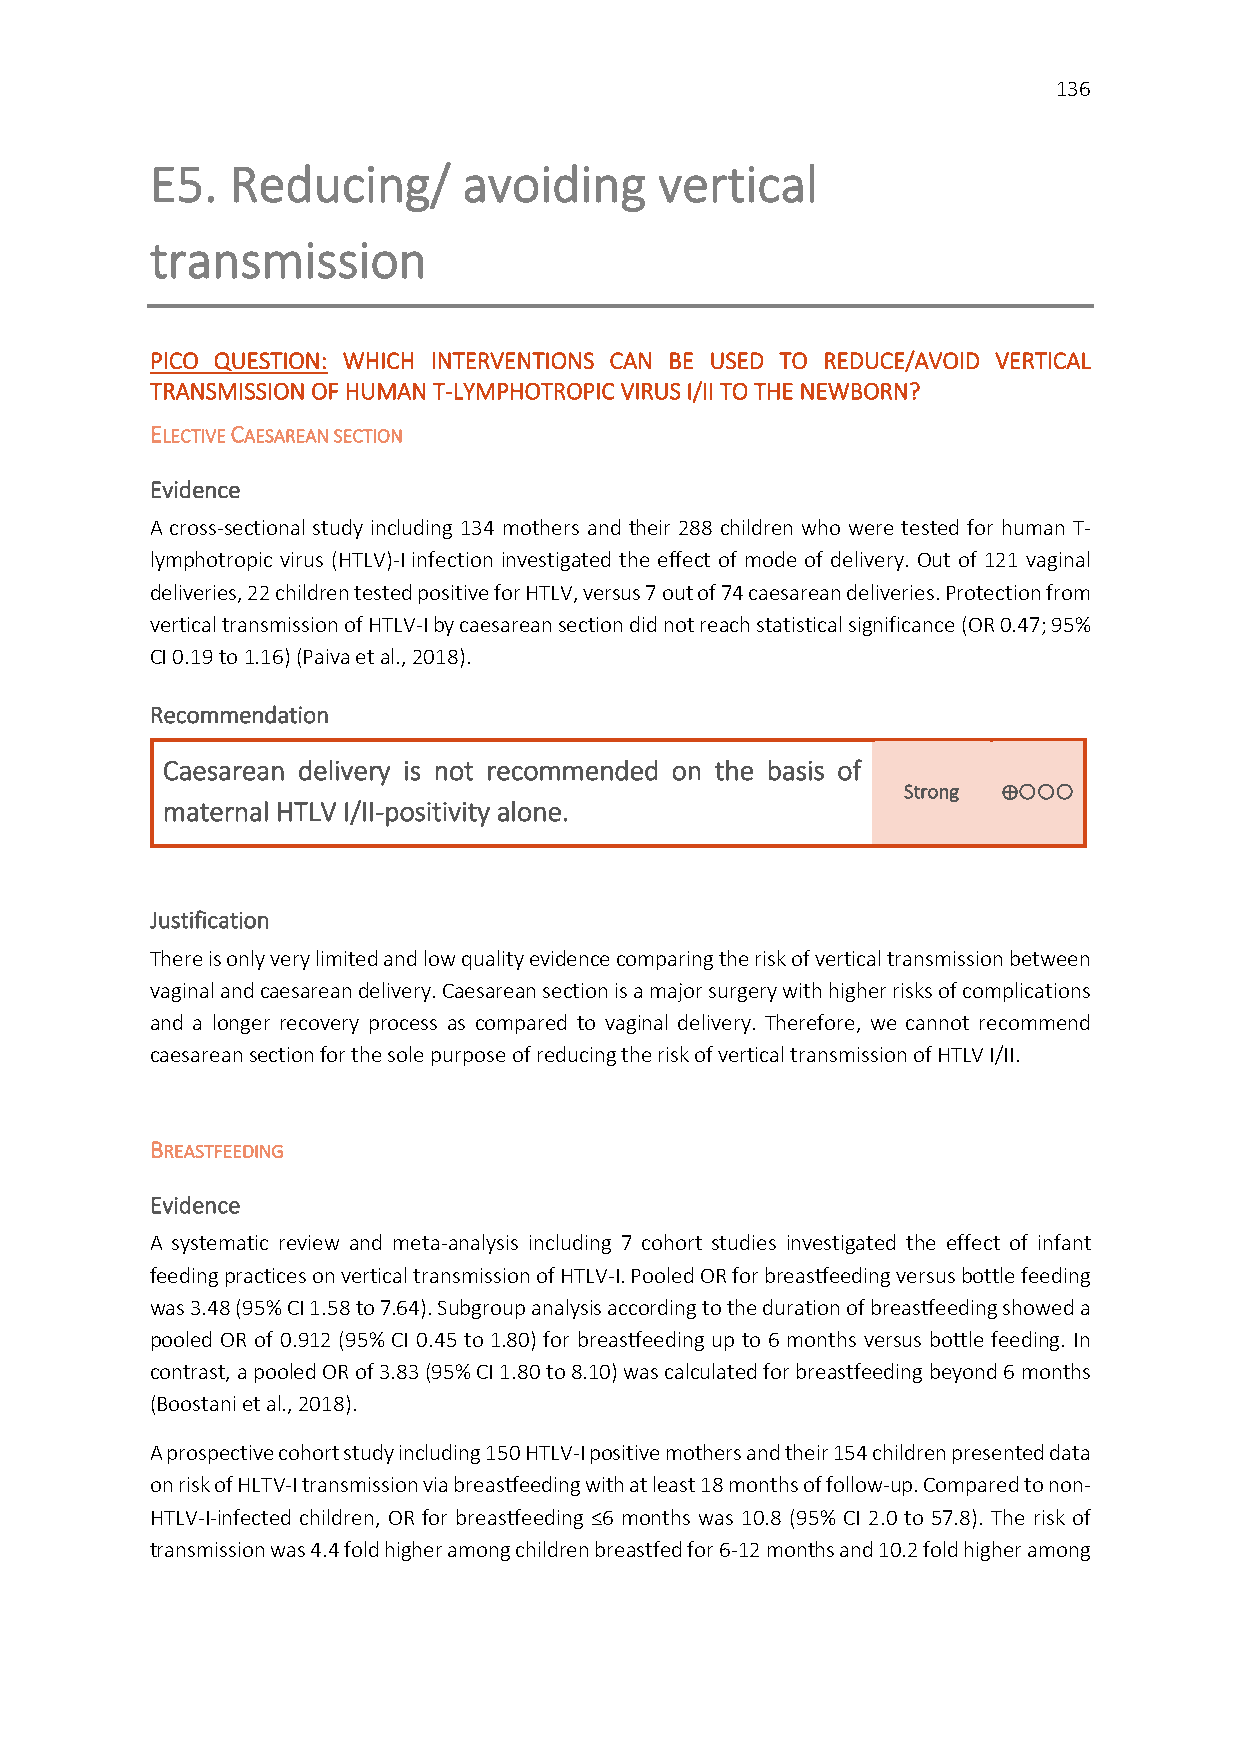
136
 E5.  Reducing/       avoiding     vertical
 transmission
 PICO QUESTION: WHICH INTERVENTIONS CAN BE USED TO REDUCE/AVOID VERTICAL
 TRANSMISSION OF HUMAN T-LYMPHOTROPIC VIRUS I/II TO THE NEWBORN?
 ELECTIVE CAESAREAN SECTION
 Evidence
 A cross-sectional study including 134 mothers and their 288 children who were tested for human T-
 lymphotropic virus (HTLV)-I infection investigated the effect of mode of delivery. Out of 121 vaginal
 deliveries, 22 children tested positive for HTLV, versus 7 out of 74 caesarean deliveries. Protection from
 vertical transmission of HTLV-I by caesarean section did not reach statistical significance (OR 0.47; 95%
 CI 0.19 to 1.16) (Paiva et al., 2018).
 Recommendation
 Caesarean delivery is not recommended on the basis of
 Strong ⊕
 maternal HTLV I/II-positivity alone.
 Justification
 There is only very limited and low quality evidence comparing the risk of vertical transmission between
 vaginal and caesarean delivery. Caesarean section is a major surgery with higher risks of complications
 and a longer recovery process as compared to vaginal delivery. Therefore, we cannot recommend
 caesarean section for the sole purpose of reducing the risk of vertical transmission of HTLV I/II.
 BREASTFEEDING
 Evidence
 A systematic review and meta-analysis including 7 cohort studies investigated the effect of infant
 feeding practices on vertical transmission of HTLV-I. Pooled OR for breastfeeding versus bottle feeding
 was 3.48 (95% CI 1.58 to 7.64). Subgroup analysis according to the duration of breastfeeding showed a
 pooled OR of 0.912 (95% CI 0.45 to 1.80) for breastfeeding up to 6 months versus bottle feeding. In
 contrast, a pooled OR of 3.83 (95% CI 1.80 to 8.10) was calculated for breastfeeding beyond 6 months
 (Boostani et al., 2018).
 A prospective cohort study including 150 HTLV-I positive mothers and their 154 children presented data
 on risk of HLTV-I transmission via breastfeeding with at least 18 months of follow-up. Compared to non-
 HTLV-I-infected children, OR for breastfeeding ≤6 months was 10.8 (95% CI 2.0 to 57.8). The risk of
 transmission was 4.4 fold higher among children breastfed for 6-12 months and 10.2 fold higher among